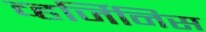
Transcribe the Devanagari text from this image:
व्हर्जिनिस